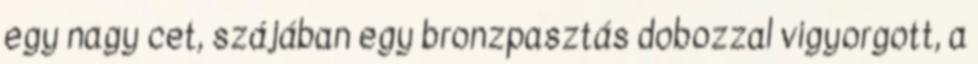
egy nagy cet, szájában egy bronzpasztás dobozzal vigyorgott, a